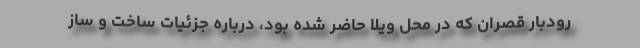
رودبار قصران که در محل ویلا حاضر شده بود، درباره جزئیات ساخت و ساز